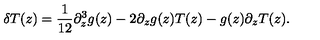
\delta T ( z ) = \frac { 1 } { 1 2 } \partial _ { z } ^ { 3 } g ( z ) - 2 \partial _ { z } g ( z ) T ( z ) - g ( z ) \partial _ { z } T ( z ) .